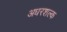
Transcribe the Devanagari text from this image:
अधरशल्क